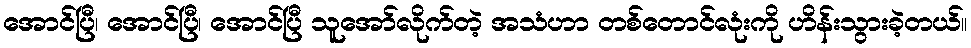
အောင်ပြီ၊ အောင်ပြီ၊ အောင်ပြီ သူအော်လိုက်တဲ့ အသံဟာ တစ်တောင်လုံးကို ဟိန်းသွားခဲ့တယ်။